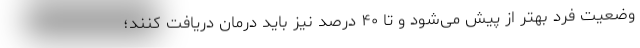
وضعیت فرد بهتر از پیش می‌شود و تا ۴۰ درصد نیز باید درمان دریافت کنند؛